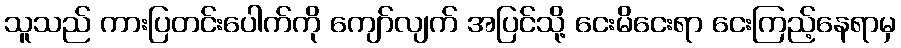
သူသည် ကားပြတင်းပေါက်ကို ကျော်လျက် အပြင်သို့ ငေးမိငေးရာ ငေးကြည့်နေရာမှ